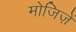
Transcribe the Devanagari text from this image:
मोजिज़ें